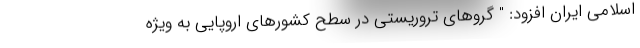
اسلامی ایران افزود: " گروهای تروریستی در سطح کشورهای اروپایی به ویژه